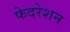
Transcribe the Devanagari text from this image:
फेदरेशन